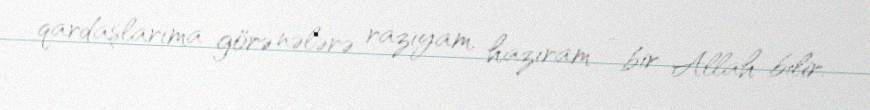
qardaşlarıma görə nələrə razıyam, hazıram - bir Allah bilir.